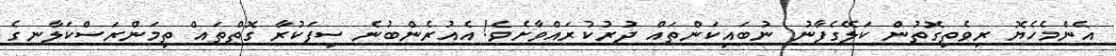
އެންމެހެޔޮ ރިވެތިގޮތުން ކަލޭގެފާނު ނުބައިކަންތައް ދުރުކުރައްވާށެވެ! އެއުރެންބުނެ ސިފަކުރާ ގޮތްތައް ތިމަންރަސްކަލާނގެ